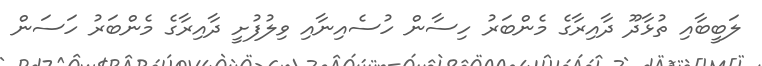
ލަބީބާއި ތުޅާދޫ ދާއިރާގެ މެންބަރު ހިސާން ހުސެއިނާއި ވިލުފުށީ ދާއިރާގެ މެންބަރު ހަސަން